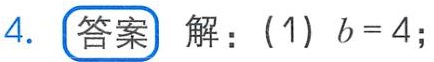
4. **答案** 解：(1) \(b = 4\);